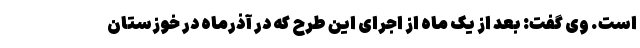
است. وی گفت: بعد از یک ماه از اجرای این طرح که در آذرماه در خوزستان